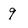
Character: 9